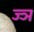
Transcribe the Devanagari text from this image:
ज्‍ञ